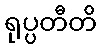
ရုပ္ပတီတိ